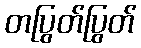
တပြွတ်ပြွတ်